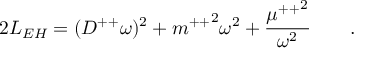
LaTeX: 2 L _ { E H } = ( D ^ { + + } \omega ) ^ { 2 } + { m ^ { + + } } ^ { 2 } \omega ^ { 2 } + { \frac { { \mu ^ { + + } } ^ { 2 } } { \omega ^ { 2 } } } \qquad .